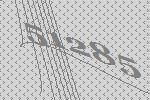
51285